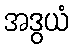
အဒွယံ